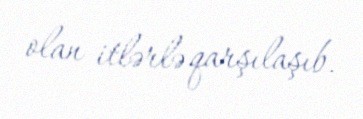
olan itlərlə qarşılaşıb.